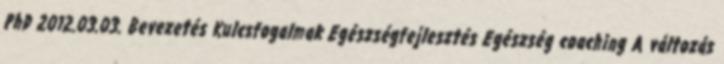
PhD 2012.03.03. Bevezetés Kulcsfogalmak Egészségfejlesztés Egészség coaching A változás